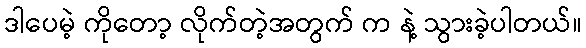
ဒါပေမဲ့ ကိုတော့ လိုက်တဲ့အတွက် က နဲ့ သွားခဲ့ပါတယ်။